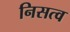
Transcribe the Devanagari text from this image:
निसत्व